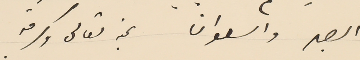
الصبر والسلوان بمنه تعالى وكرمه